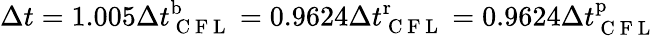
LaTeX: \Delta t=1.005\Delta t_{\mathrm{~C~F~L~}}^{\mathrm{b}}=0.9624\Delta t_{\mathrm{~C~F~L~}}^{\mathrm{r}}=0.9624\Delta t_{\mathrm{~C~F~L~}}^{\mathrm{p}}